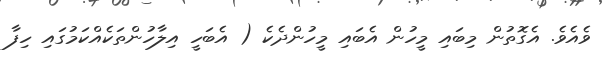
ވެއެވެ. އެގޮތުން މިބައި މީހުން އެބައި މީހުންދެކެ ( އެބަހީ އިލާހުންތަކެއްކަމުގައި ހިފާ